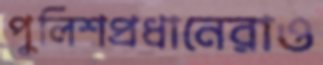
পুলিশপ্রধানেরাও